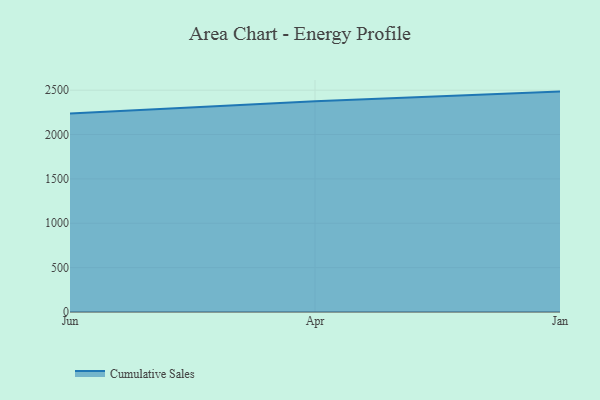
{"axis": {"x": "Month", "y": "Revenue (USD Million)"}, "legend": ["Cumulative Sales"], "data": [{"x": "Jun", "y": 2238.4, "type": "Cumulative Sales"}, {"x": "Apr", "y": 2374.5, "type": "Cumulative Sales"}, {"x": "Jan", "y": 2484.0, "type": "Cumulative Sales"}]}